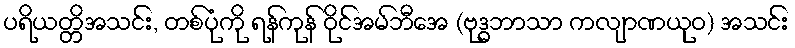
ပရိယတ္တိအသင်း, တစ်ပုံကို ရန်ကုန် ဝိုင်အမ်ဘီအေ (ဗုဒ္ဓဘာသာ ကလျာဏယုဝ) အသင်း